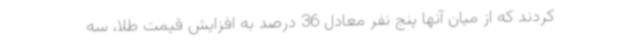
کردند که از میان آنها پنج نفر معادل 36 درصد به افزایش قیمت طلا، سه